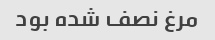
مرغ نصف شده بود